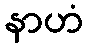
နာဟံ